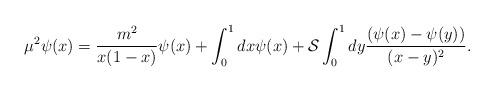
LaTeX: \begin{align*}\mu^2\psi(x)=\frac{m^2}{x(1-x)}\psi(x)+\int_0^1 dx \psi(x) + {\cal S} \int_0^1 dy \frac{(\psi(x)-\psi(y))}{(x-y)^2}.\end{align*}